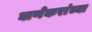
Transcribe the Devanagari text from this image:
घाणेकरांच्या